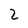
Character: 2